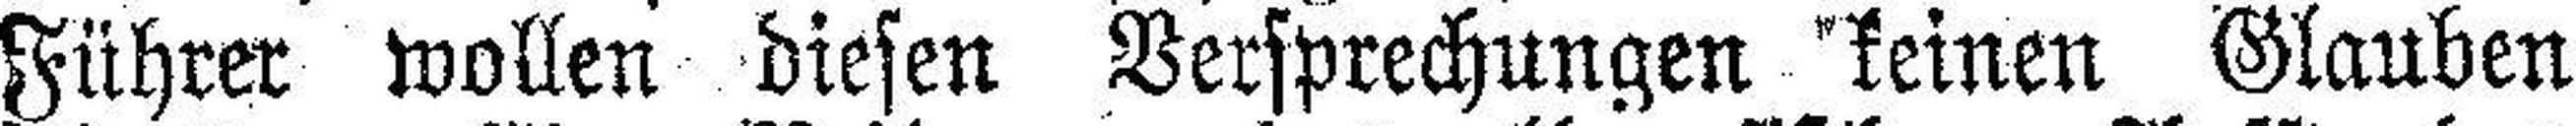
Führer wollen diesen Versprechungen keinen Glauben